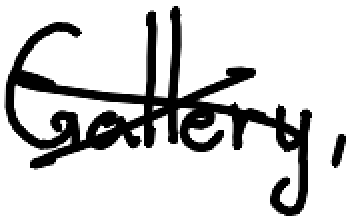
Text: Gallery,
Cross-out: cross
Writing tool: digital_black